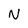
Character: N